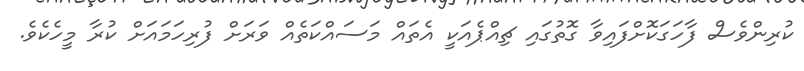
ކުރިންވެސް ފާހަގަކޮށްފައިވާ ގޮތުގައި ޗިއްޕެއަކީ އެތައް މަސައްކަތެއް ވަރަށް ފުރިހަމައަށް ކުރާ މީހެކެވެ.